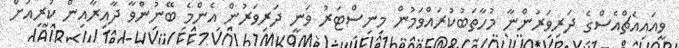
ވީއައިއެޗްއެސްގެ ދަރިވަރުންނާ މުހާތަބުކުރައްވަމުން މިނިސްޓަރު ވަނީ ދަރިވަރުން އެންމެ ބޭނުންވާ ދާއިރާއިން ކުރިއަށް